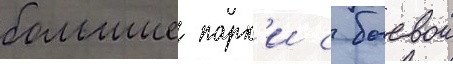
большие парк'и с боевои